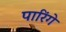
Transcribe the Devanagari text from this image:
पारिंगे